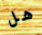
هل